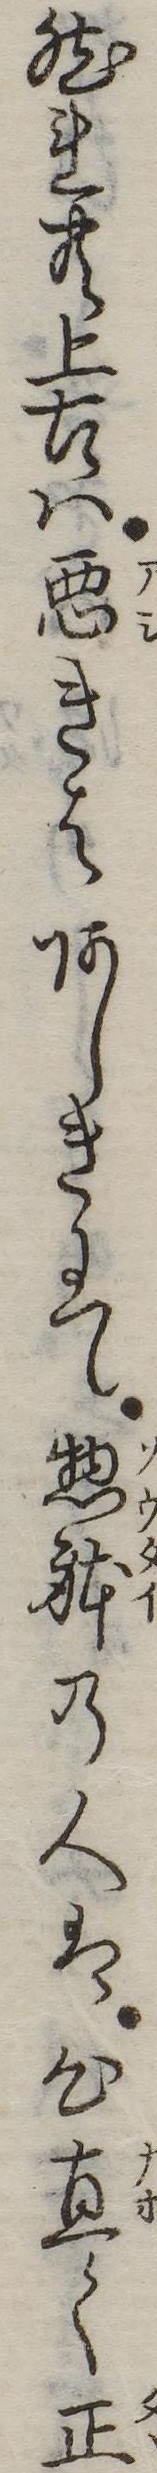
然れ共上古は悪きはあしきにて惣体の人は心直く正